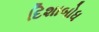
દિશાબોધ